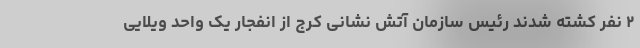
۲ نفر کشته شدند رئیس سازمان آتش نشانی کرج از انفجار یک واحد ویلایی